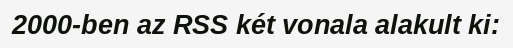
2000-ben az RSS két vonala alakult ki: